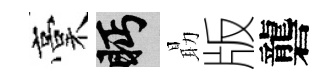
稾眄朂版礱